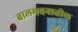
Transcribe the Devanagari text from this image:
बालभवनातील